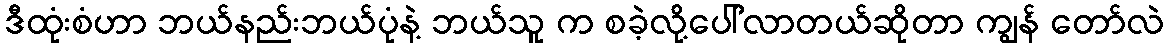
ဒီထုံးစံဟာ ဘယ်နည်းဘယ်ပုံနဲ့ ဘယ်သူ က စခဲ့လို့ပေါ်လာတယ်ဆိုတာ ကျွန် တော်လဲ